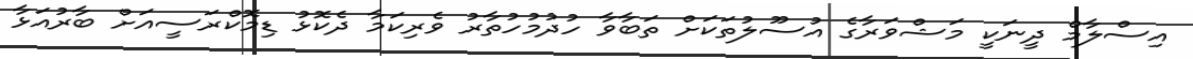
އިސްލާމް ދީނަކީ މަޝްވަރާގެ އުސޫލުތަކަށް ތަބާވާ ހުދުމުހުތާރު ވެރިކަމާ ދެކޮޅު ޑިމޮކްރަސީއަށް ބާރުއަޅާ